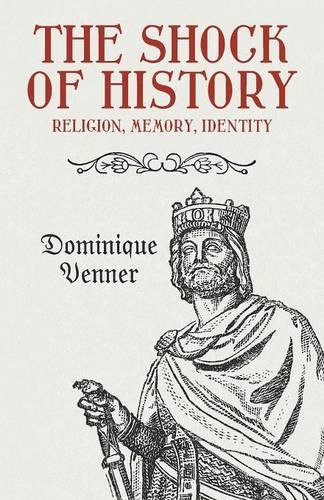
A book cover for The Shock of History: Religion, Memory, Identity; Dominique Venner; Politics & Social Sciences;